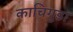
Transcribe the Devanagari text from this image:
काचिगुडा